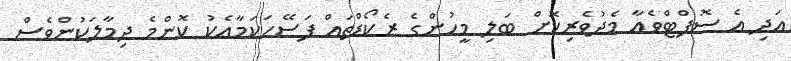
އަދި އެ ސޮފްޓްވެއާ މެދުވެރިކޮށް ބަލި މީހުންގެ ރެކޯޑްތައް ފަސޭހަކަމާއެކު ކޮންމެ ދިމާލަކުންވެސް